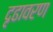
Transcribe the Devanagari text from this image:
दृढावरण